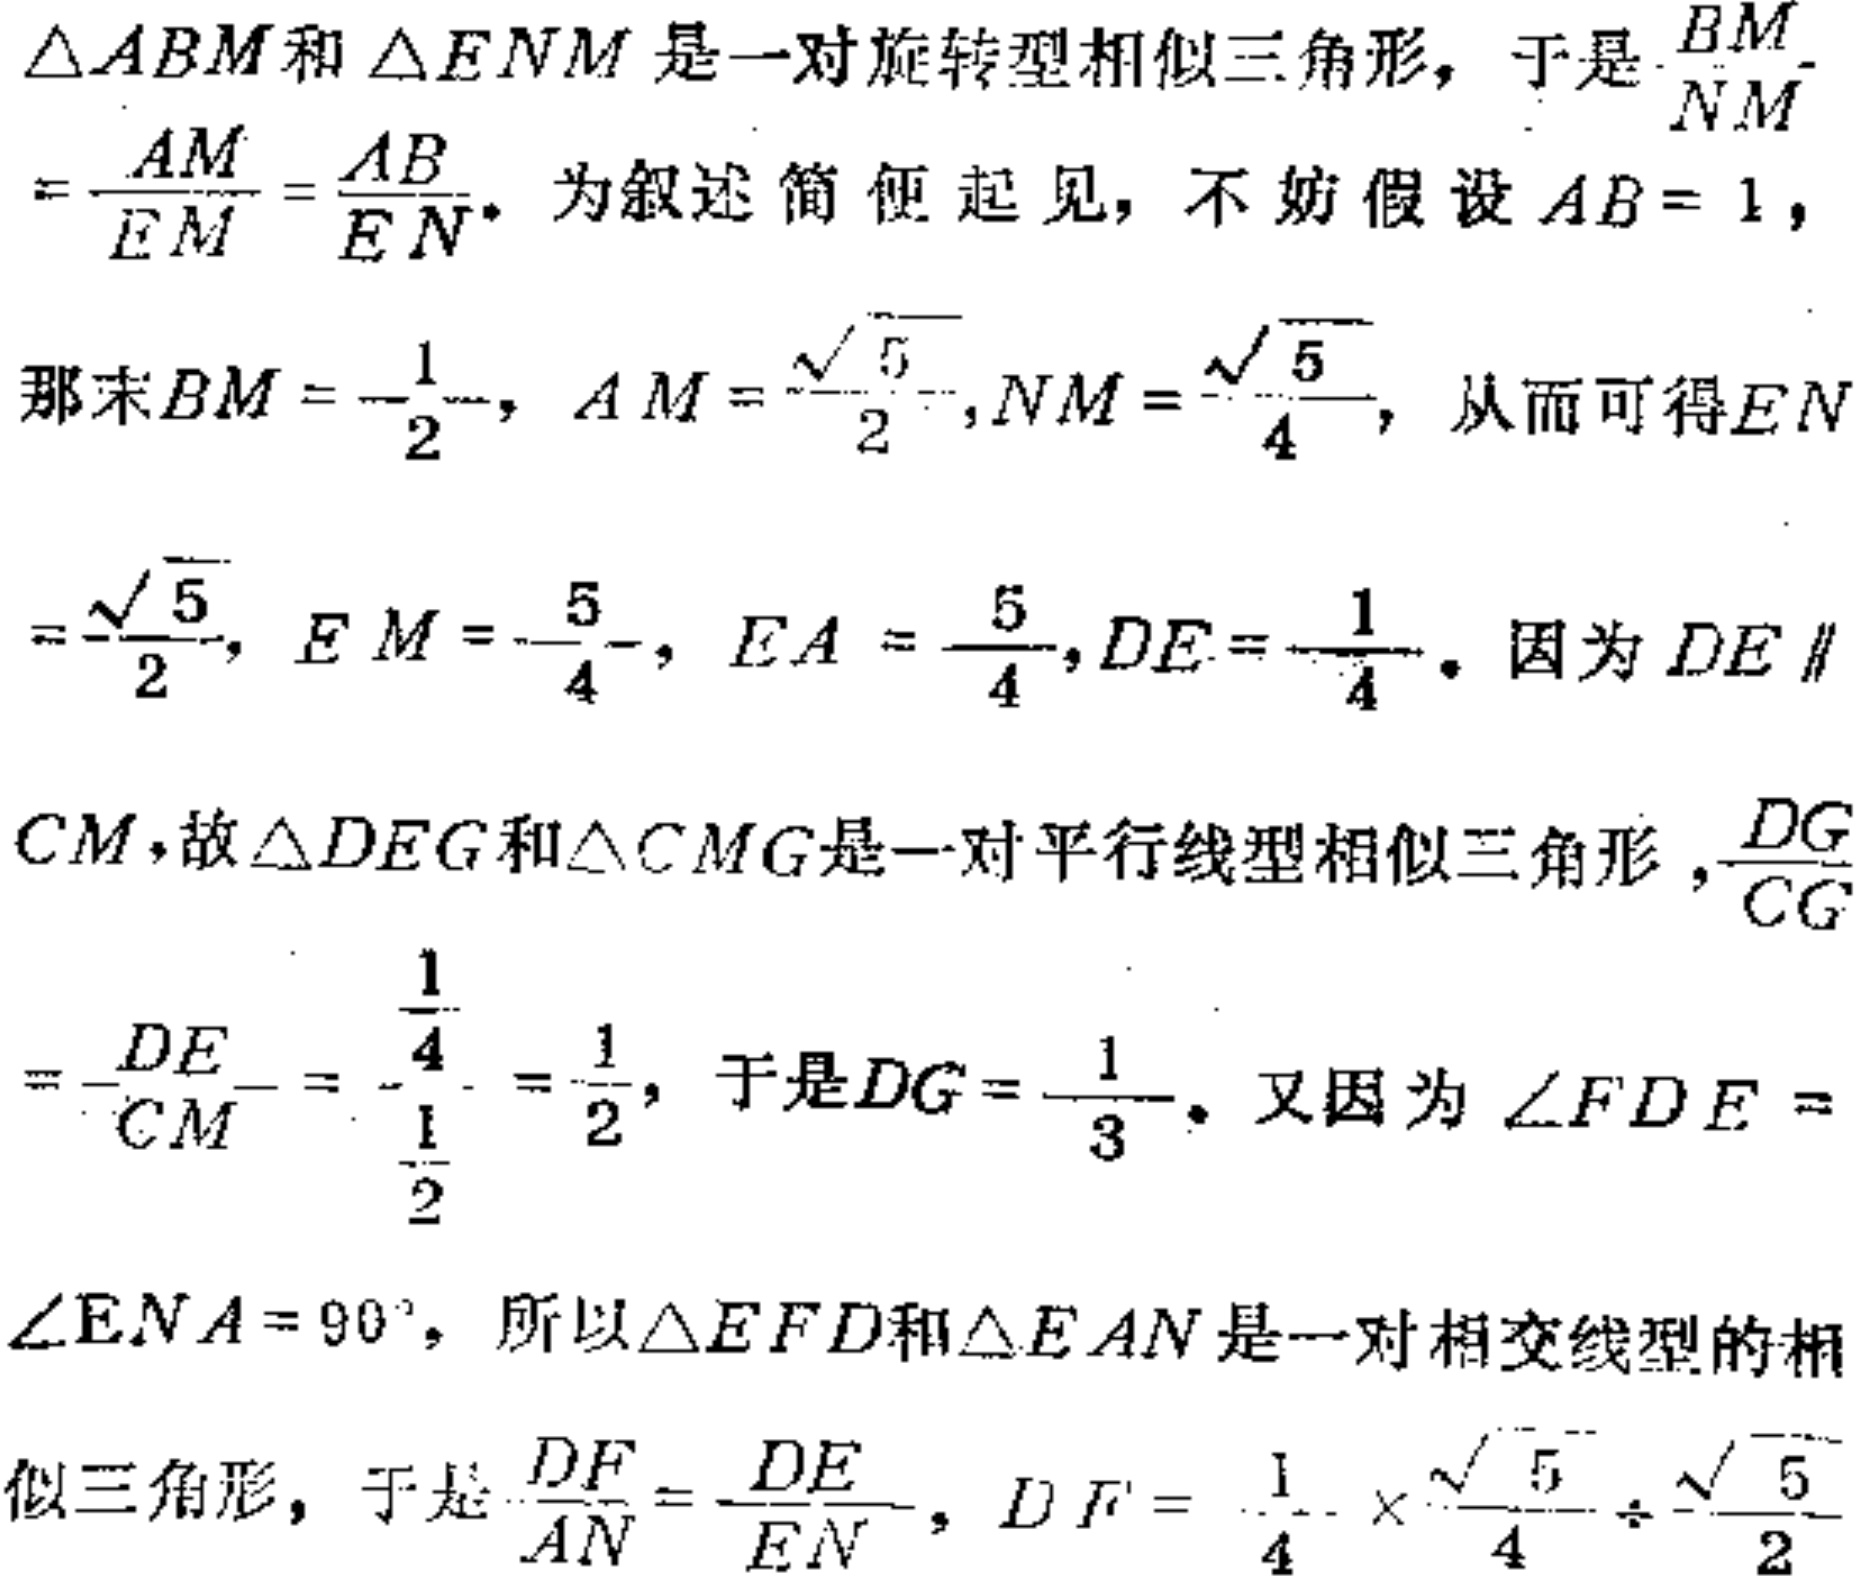
$\triangle ABM$和$\triangle ENM$是一对旋转型相似三角形，于是$\frac{BM}{NM}=\frac{AM}{EM}=\frac{AB}{EN}.$ 为叙述简便起见，不妨假设$AB = 1$，
那末$BM=\frac{1}{2}$，$AM=\frac{\sqrt{5}}{2}$,$NM=\frac{\sqrt{5}}{4}$，从而可得$EN=\frac{\sqrt{5}}{2}$，$EM = \frac{5}{4}$，$EA=\frac{5}{4}$,$DE=\frac{1}{4}$. 因为$DE\parallel$
$CM$，故$\triangle DEG$和$\triangle CMG$是一对平行线型相似三角形，$\frac{DG}{CG}=\frac{DE}{CM}=\frac{\frac{1}{4}}{\frac{1}{2}}=\frac{1}{2}$，于是$DG=\frac{1}{3}$. 又因为$\angle FDE =$
$\angle ENA = 90^{\circ}$，所以$\triangle EFD$和$\triangle EAN$是一对相交线型的相
似三角形，于是$\frac{DF}{AN}=\frac{DE}{EN}$，$DF=\frac{1}{4}\times\frac{\sqrt{5}}{4}\div\frac{\sqrt{5}}{2}$